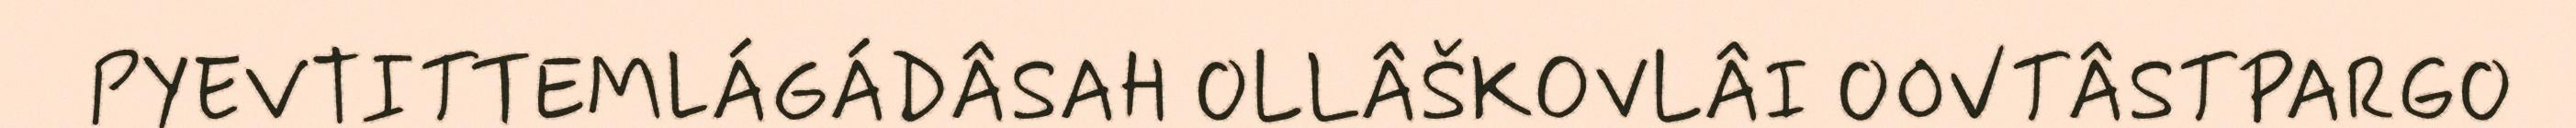
PYEVTITTEMLÁGÁDÂSAH OLLÂŠKOVLÂI OOVTÂSTPARGO